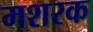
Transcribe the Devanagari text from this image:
मशरक